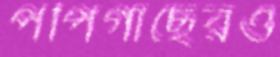
পপিগাছেরও